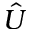
\hat { U }